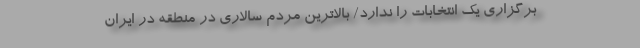
برگزاری یک انتخابات را ندارد/ بالاترین مردم سالاری در منطقه در ایران